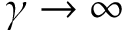
\gamma \to \infty